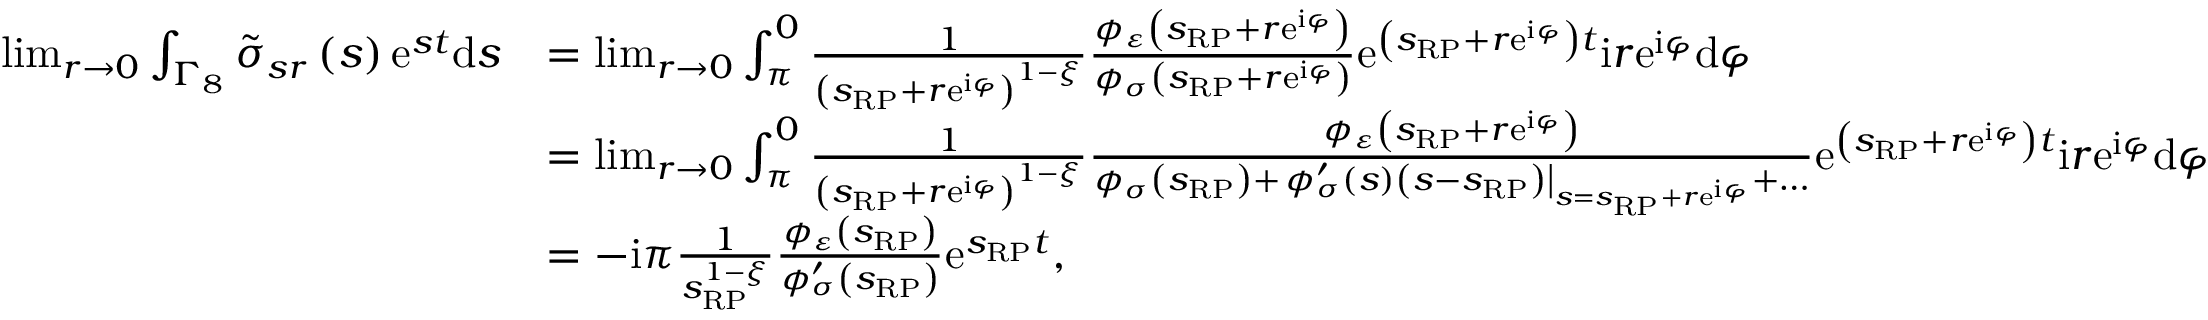
\begin{array} { r l } { \operatorname* { l i m } _ { r \rightarrow 0 } \int _ { \Gamma _ { 8 } } \tilde { \sigma } _ { s r } \left( s \right) \mathrm { e } ^ { s t } \mathrm { d } s } & { = \operatorname* { l i m } _ { r \rightarrow 0 } \int _ { \pi } ^ { 0 } \frac { 1 } { \left( s _ { \scriptscriptstyle { \mathrm { R P } } } + r \mathrm { e } ^ { \mathrm { i } \varphi } \right) ^ { 1 - \xi } } \frac { \phi _ { \varepsilon } \left( s _ { \scriptscriptstyle { \mathrm { R P } } } + r \mathrm { e } ^ { \mathrm { i } \varphi } \right) } { \phi _ { \sigma } \left( s _ { \scriptscriptstyle { \mathrm { R P } } } + r \mathrm { e } ^ { \mathrm { i } \varphi } \right) } \mathrm { e } ^ { \left( s _ { \scriptscriptstyle { \mathrm { R P } } } + r \mathrm { e } ^ { \mathrm { i } \varphi } \right) t } \mathrm { i } r \mathrm { e } ^ { \mathrm { i } \varphi } \mathrm { d } \varphi } \\ & { = \operatorname* { l i m } _ { r \rightarrow 0 } \int _ { \pi } ^ { 0 } \frac { 1 } { \left( s _ { \scriptscriptstyle { \mathrm { R P } } } + r \mathrm { e } ^ { \mathrm { i } \varphi } \right) ^ { 1 - \xi } } \frac { \phi _ { \varepsilon } \left( s _ { \scriptscriptstyle { \mathrm { R P } } } + r \mathrm { e } ^ { \mathrm { i } \varphi } \right) } { \phi _ { \sigma } \left( s _ { \scriptscriptstyle { \mathrm { R P } } } \right) + \left. \phi _ { \sigma } ^ { \prime } \left( s \right) \left( s - s _ { \scriptscriptstyle { \mathrm { R P } } } \right) \right\vert _ { s = s _ { \scriptscriptstyle { \mathrm { R P } } } + r \mathrm { e } ^ { \mathrm { i } \varphi } } + \ldots } \mathrm { e } ^ { \left( s _ { \scriptscriptstyle { \mathrm { R P } } } + r \mathrm { e } ^ { \mathrm { i } \varphi } \right) t } \mathrm { i } r \mathrm { e } ^ { \mathrm { i } \varphi } \mathrm { d } \varphi } \\ & { = - \mathrm { i } \pi \frac { 1 } { s _ { \scriptscriptstyle { \mathrm { R P } } } ^ { 1 - \xi } } \frac { \phi _ { \varepsilon } \left( s _ { \scriptscriptstyle { \mathrm { R P } } } \right) } { \phi _ { \sigma } ^ { \prime } \left( s _ { \scriptscriptstyle { \mathrm { R P } } } \right) } \mathrm { e } ^ { s _ { \scriptscriptstyle { \mathrm { R P } } } t } , } \end{array}